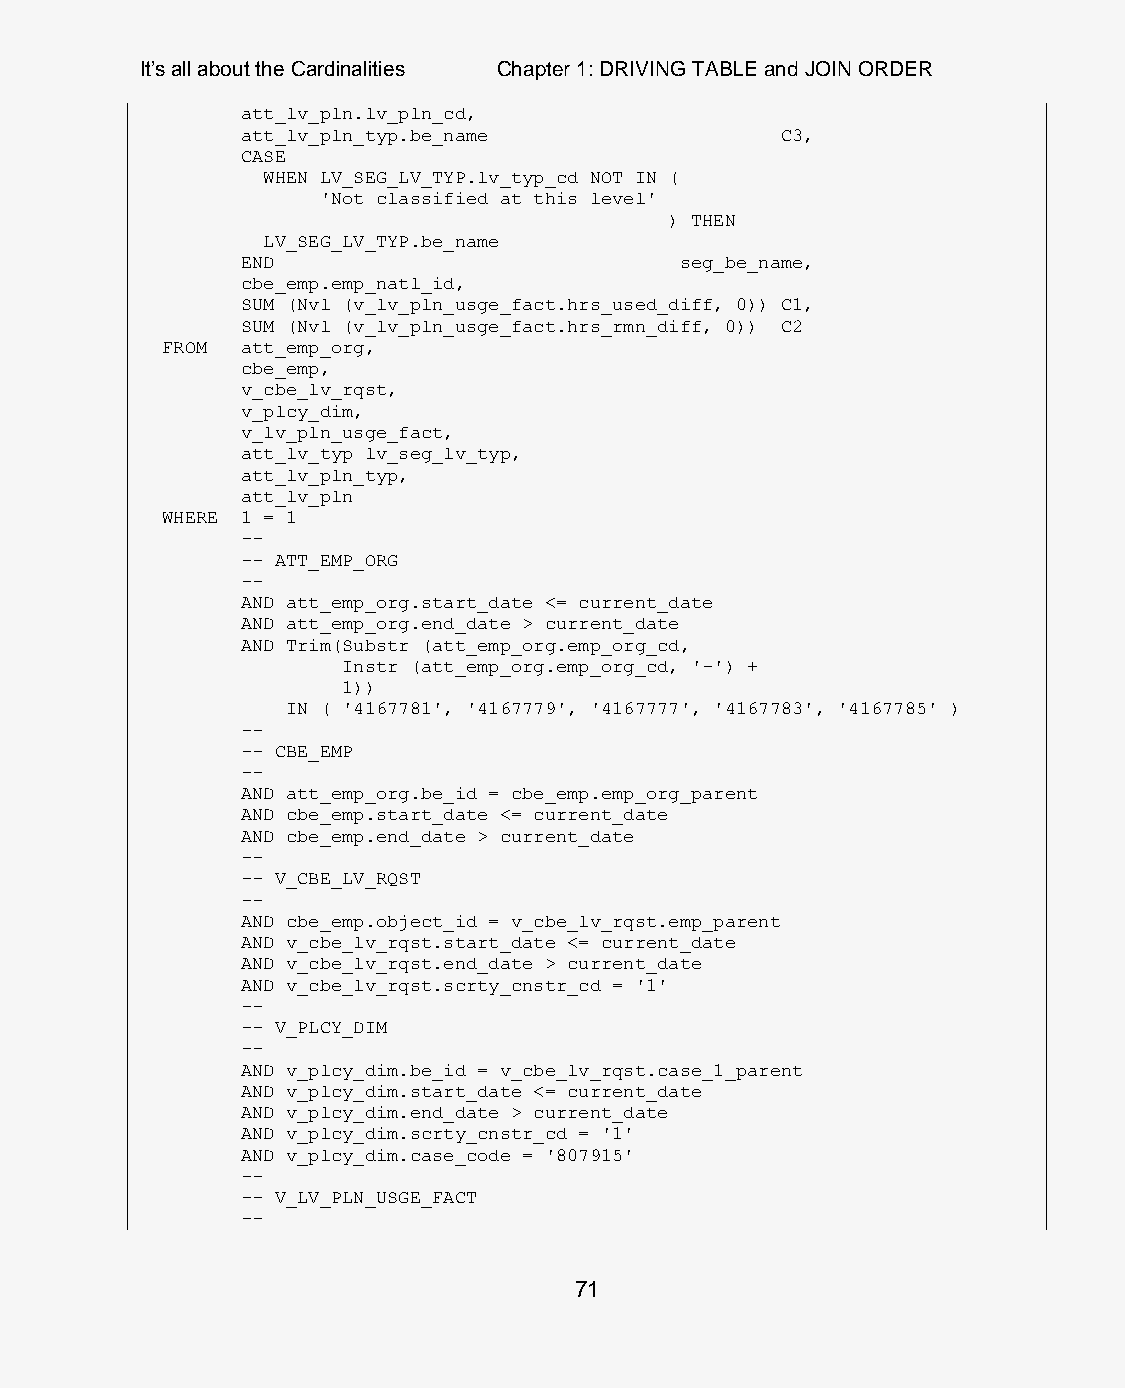
It’s all about the Cardinalities Chapter 1: DRIVING TABLE and JOIN ORDER
 att_lv_pln.lv_pln_cd,
 att_lv_pln_typ.be_name              C3,
 CASE
 WHEN LV_SEG_LV_TYP.lv_typ_cd NOT IN (
 'Not classified at this level'
 ) THEN
 LV_SEG_LV_TYP.be_name
 END                          seg_be_name,
 cbe_emp.emp_natl_id,
 SUM (Nvl (v_lv_pln_usge_fact.hrs_used_diff, 0)) C1,
 SUM (Nvl (v_lv_pln_usge_fact.hrs_rmn_diff, 0)) C2
 FROM att_emp_org,
 cbe_emp,
 v_cbe_lv_rqst,
 v_plcy_dim,
 v_lv_pln_usge_fact,
 att_lv_typ lv_seg_lv_typ,
 att_lv_pln_typ,
 att_lv_pln
 WHERE 1 = 1
 --
 -- ATT_EMP_ORG
 --
 AND att_emp_org.start_date <= current_date
 AND att_emp_org.end_date > current_date
 AND Trim(Substr (att_emp_org.emp_org_cd,
 Instr (att_emp_org.emp_org_cd, '-') +
 1))
 IN ( '4167781', '4167779', '4167777', '4167783', '4167785' )
 --
 -- CBE_EMP
 --
 AND att_emp_org.be_id = cbe_emp.emp_org_parent
 AND cbe_emp.start_date <= current_date
 AND cbe_emp.end_date > current_date
 --
 -- V_CBE_LV_RQST
 --
 AND cbe_emp.object_id = v_cbe_lv_rqst.emp_parent
 AND v_cbe_lv_rqst.start_date <= current_date
 AND v_cbe_lv_rqst.end_date > current_date
 AND v_cbe_lv_rqst.scrty_cnstr_cd = '1'
 --
 -- V_PLCY_DIM
 --
 AND v_plcy_dim.be_id = v_cbe_lv_rqst.case_1_parent
 AND v_plcy_dim.start_date <= current_date
 AND v_plcy_dim.end_date > current_date
 AND v_plcy_dim.scrty_cnstr_cd = '1'
 AND v_plcy_dim.case_code = '807915'
 --
 -- V_LV_PLN_USGE_FACT
 --
 71